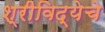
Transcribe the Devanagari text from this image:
श्रीविद्येचे